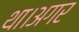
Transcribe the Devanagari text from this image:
था।अगर